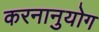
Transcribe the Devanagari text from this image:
करनानुयोग